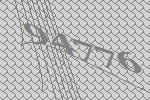
94776